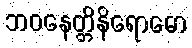
ဘဝနေတ္တိနိရောဓော